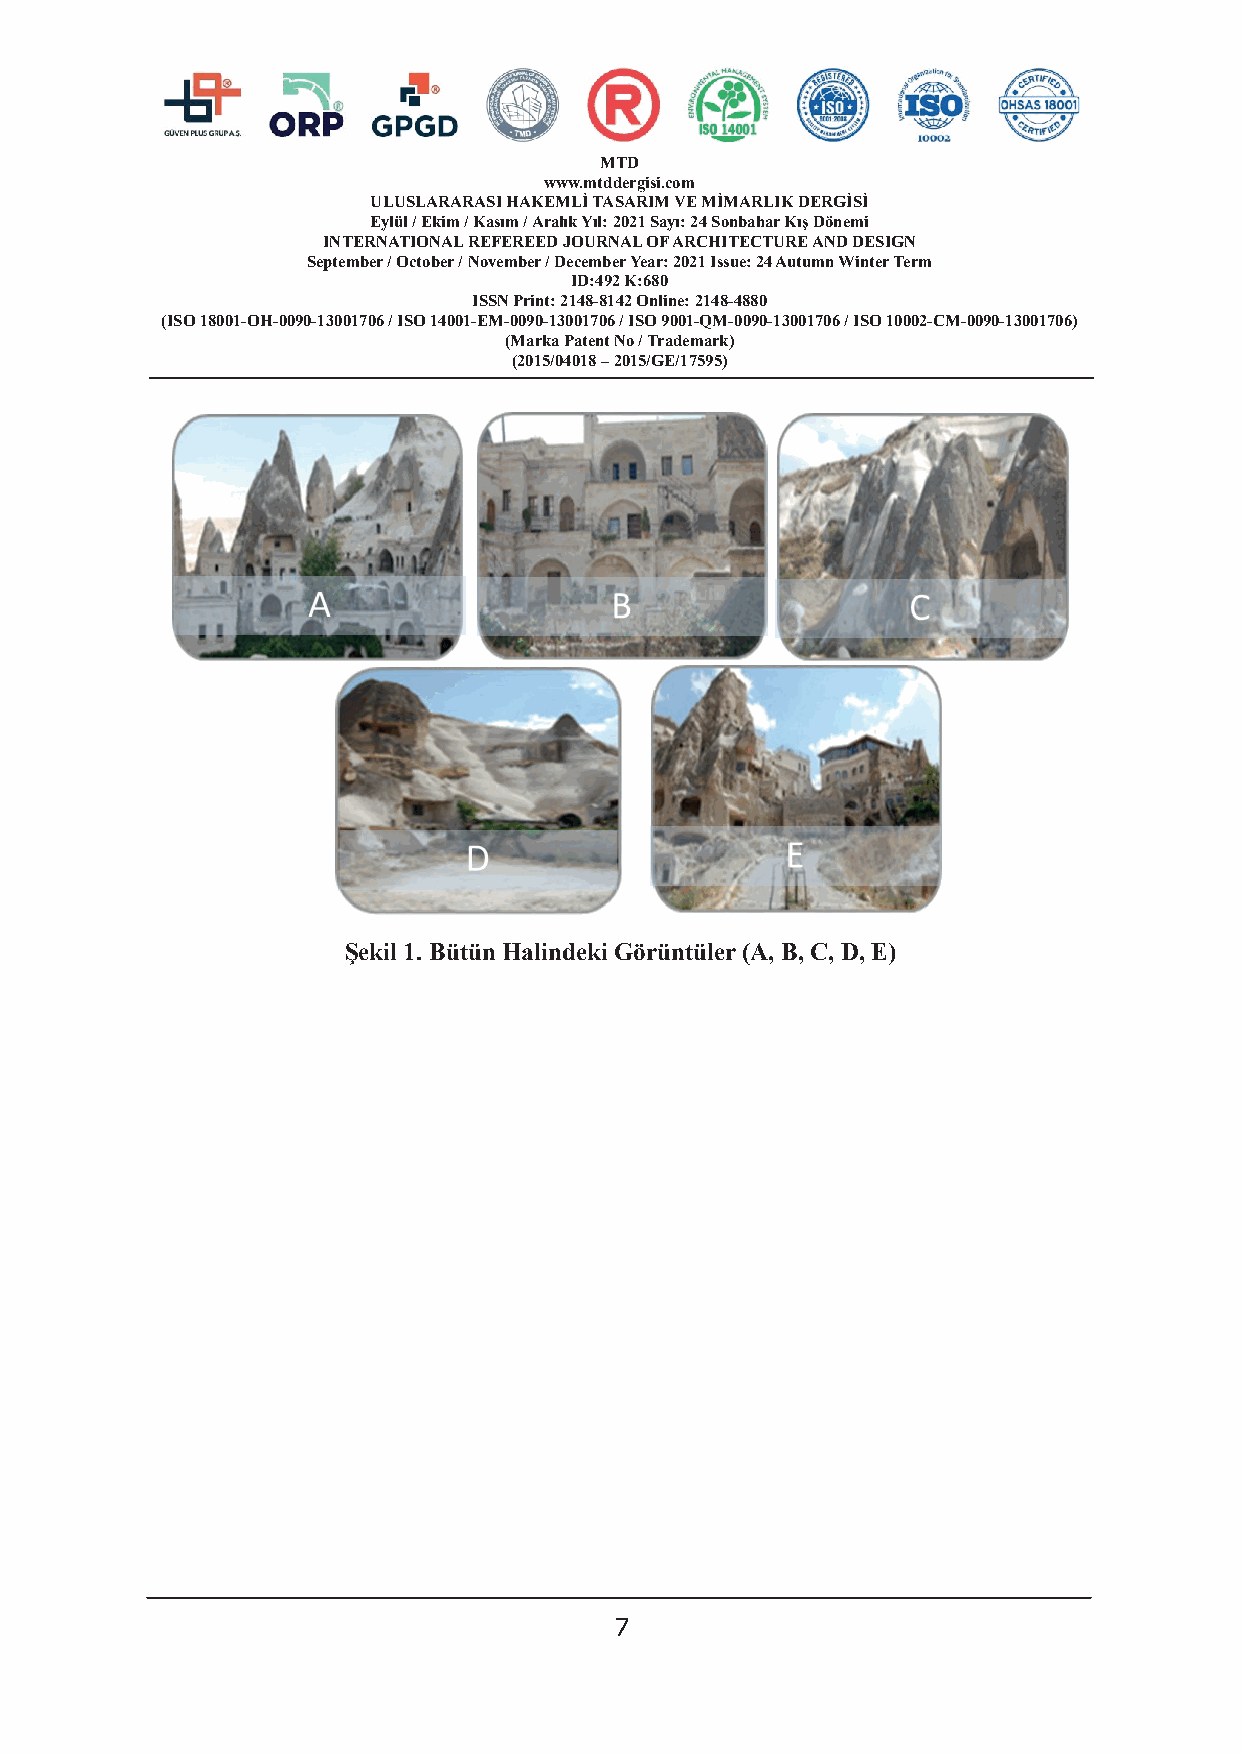
MTD
 www.mtddergisi.com
 ULUSLARARASI HAKEMLİ TASARIM VE MİMARLIK DERGİSİ
 Eylül / Ekim / Kasım / Aralık Yıl: 2021 Sayı: 24 Sonbahar Kış Dönemi
 INTERNATIONAL REFEREED JOURNAL OF ARCHITECTURE AND DESIGN
 September / October / November / December Year: 2021 Issue: 24 Autumn Winter Term
 ID:492 K:680
 ISSN Print: 2148-8142 Online: 2148-4880
 (ISO 18001-OH-0090-13001706 / ISO 14001-EM-0090-13001706 / ISO 9001-QM-0090-13001706 / ISO 10002-CM-0090-13001706)
 (Marka Patent No / Trademark)
 (2015/04018 – 2015/GE/17595)
 Şekil 1. Bütün Halindeki Görüntüler (A, B, C, D, E)
 7